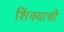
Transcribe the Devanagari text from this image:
शिंक्याची